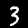
Label: 3